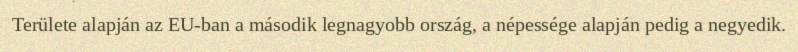
Területe alapján az EU-ban a második legnagyobb ország, a népessége alapján pedig a negyedik.